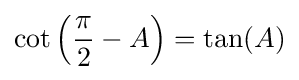
\cot \left({\frac {\pi }{2}}-A\right)=\tan(A)